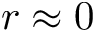
r \approx 0